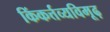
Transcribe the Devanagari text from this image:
किंकर्त्तव्यविमूढ़